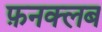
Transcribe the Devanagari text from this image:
फ़नक्लब